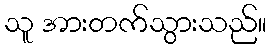
သူ အားတက်သွားသည်။